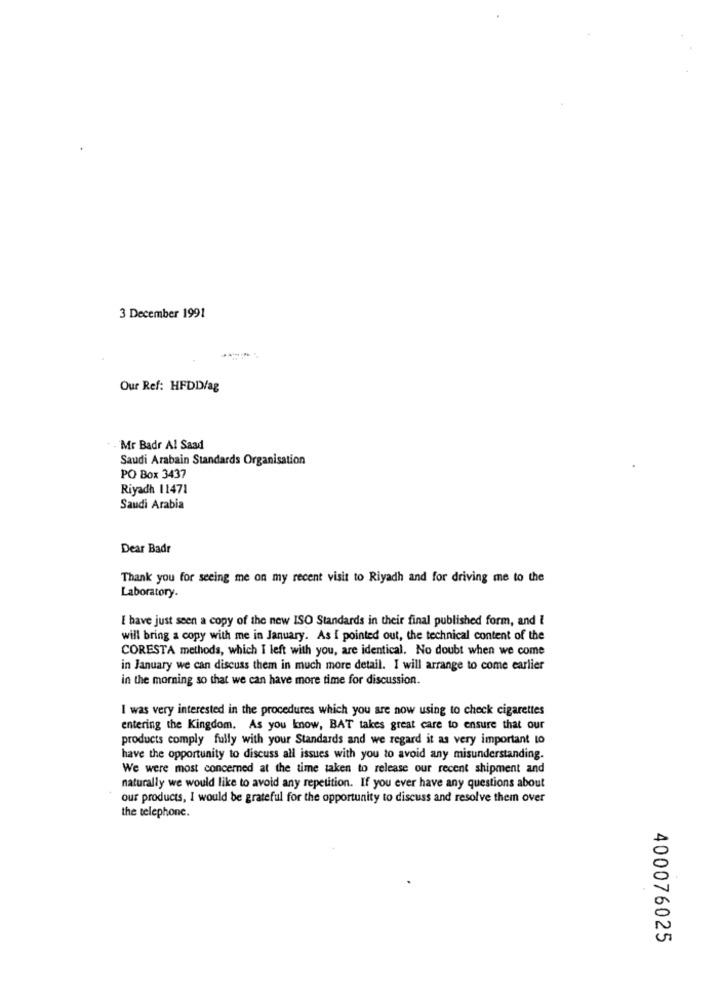
3 December 1991
Our Ref: HFDDIag
Mr Badr Al Saad
Saudi Arabain Standards Organisation
PO Box 3437
Riyadh 11471
Saudi Arabia
Dear Badr
Thank you for seeing me on my recent visit to Riyadh and for driving me to the
Laboratory.
I have just seen a copy of the new ISO Standards in their final published form, and I
will bring a copy with me in January. As I pointed out, the technical content of the
CORESTA methods, which I left with you, are identical. No doubt when we come
in January we can discuss them in much more detail. I will arrange to come earlier
in the morning so that we can have more time for discussion.
I was very interested in the procedures which you are now using to check cigarettes
entering the Kingdom. As you know, BAT takes great care to ensure that our
products comply fully with your Standards and we regard it as very important to
have the opportunity to discuss all issues with you to avoid any misunderstanding.
We were most concerned at the time taken to release our recent shipment and
naturally we would like to avoid any repetition. If you ever have any questions about
our products, I would be grateful for the opportunity to discuss and resolve them over
the telephone.
400076025